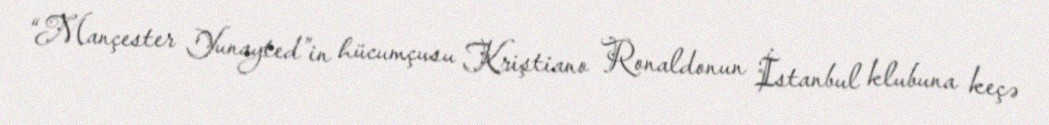
“Mançester Yunayted”in hücumçusu Kriştiano Ronaldonun İstanbul klubuna keçə